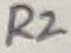
Text: R2